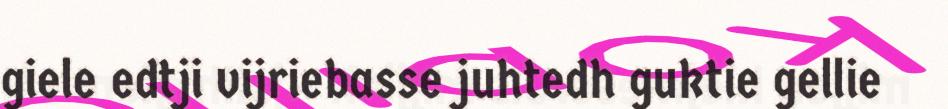
giele edtji vijriebasse juhtedh guktie gellie